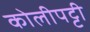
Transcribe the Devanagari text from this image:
कोलीपट्टी